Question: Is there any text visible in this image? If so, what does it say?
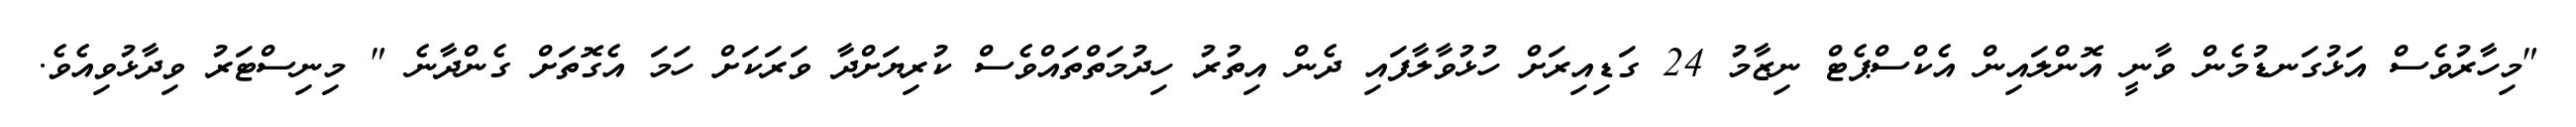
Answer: "މިހާރުވެސް އަޅުގަނޑުމެން ވާނީ އޮންލައިން އެކްސްޕެޓް ނިޒާމު 24 ގަޑިއިރަށް ހުޅުވާލާފައި ދެން އިތުރު ހިދުމަތްތައްވެސް ކުރިޔަށްދާ ވަރަކަށް ހަމަ އެގޮތަށް ގެންދާނެ " މިނިސްޓަރު ވިދާޅުވިއެވެ.